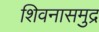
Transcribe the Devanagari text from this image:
शिवनासमुद्र